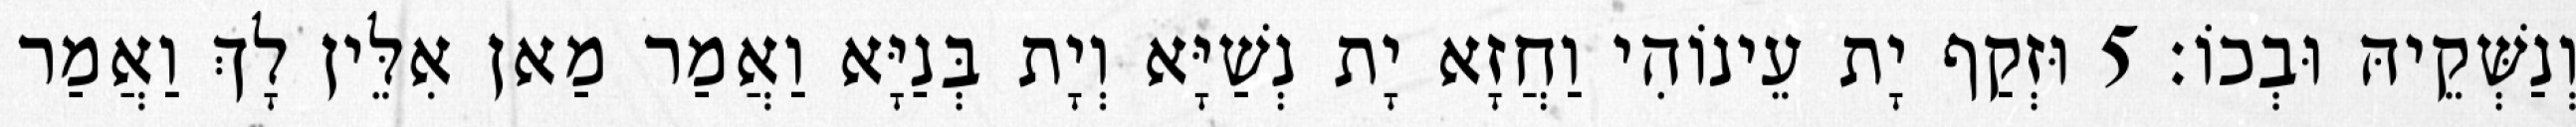
וְנַשְּׁקֵיהּ וּבְכוֹ׃ 5 וּזְקַף יָת עֵינוֹהִי וַחֲזָא יָת נְשַׁיָּא וְיָת בְּנַיָּא וַאֲמַר מַאן אִלֵּין לָךְ וַאֲמַר